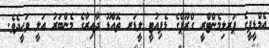
އެމްޑީޕީގެ ޕަރލިމެންޓްރީ ގްރޫޕްގެ ޑެޕިއުޓީ ލީޑަރ ތޮއްޑޫ ދާއިރާގެ މެންބަރު އަލީ ވަހީދެވެ.